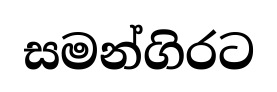
සමන්ගිරට